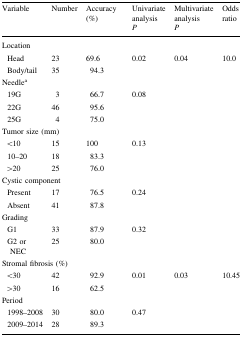
<table><thead><tr><td><b>Variable</b></td><td><b>Number</b></td><td><b>Accuracy (%)</b></td><td><b>Univariate analysis<i>P</i></b></td><td><b>Multivariate analysis<i>P</i></b></td><td><b>Odds ratio</b></td></tr></thead><tbody><tr><td colspan="6">Location</td></tr><tr><td> Head</td><td>23</td><td>69.6</td><td rowspan="2">0.02</td><td rowspan="2">0.04</td><td rowspan="2">10.0</td></tr><tr><td> Body/tail</td><td>35</td><td>94.3</td></tr><tr><td colspan="6">Needle<sup>a</sup></td></tr><tr><td> 19G</td><td>3</td><td>66.7</td><td rowspan="3">0.08</td><td rowspan="3"></td><td rowspan="3"></td></tr><tr><td> 22G</td><td>46</td><td>95.6</td></tr><tr><td> 25G</td><td>4</td><td>75.0</td></tr><tr><td colspan="6">Tumor size (mm)</td></tr><tr><td> &lt;10</td><td>15</td><td>100</td><td rowspan="3">0.13</td><td rowspan="3"></td><td rowspan="3"></td></tr><tr><td> 10–20</td><td>18</td><td>83.3</td></tr><tr><td> &gt;20</td><td>25</td><td>76.0</td></tr><tr><td colspan="6">Cystic component</td></tr><tr><td> Present</td><td>17</td><td>76.5</td><td rowspan="2">0.24</td><td rowspan="2"></td><td rowspan="2"></td></tr><tr><td> Absent</td><td>41</td><td>87.8</td></tr><tr><td colspan="6">Grading</td></tr><tr><td> G1</td><td>33</td><td>87.9</td><td rowspan="2">0.32</td><td rowspan="2"></td><td rowspan="2"></td></tr><tr><td> G2 or NEC</td><td>25</td><td>80.0</td></tr><tr><td colspan="6">Stromal fibrosis (%)</td></tr><tr><td> &lt;30</td><td>42</td><td>92.9</td><td rowspan="2">0.01</td><td rowspan="2">0.03</td><td rowspan="2">10.45</td></tr><tr><td> &gt;30</td><td>16</td><td>62.5</td></tr><tr><td colspan="6">Period</td></tr><tr><td> 1998–2008</td><td>30</td><td>80.0</td><td rowspan="2">0.47</td><td rowspan="2"></td><td rowspan="2"></td></tr><tr><td> 2009–2014</td><td>28</td><td>89.3</td></tr></tbody></table>